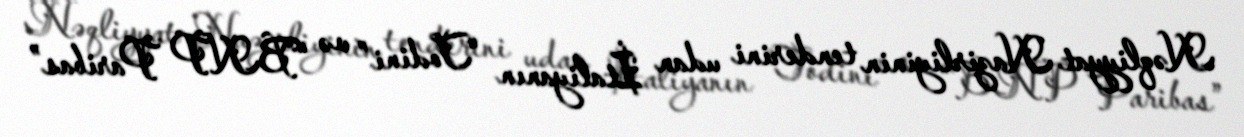
Nəqliyyat Nazirliyinin tenderini udan İtaliyanın “Todini” və “BNP Paribas”